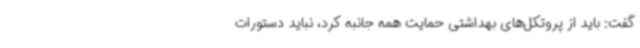
گفت: باید از پروتکل‌های بهداشتی حمایت همه جانبه کرد، نباید دستورات